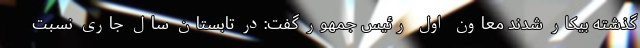
گذشته بیکار شدند معاون اول رئیس جمهور گفت:در تابستان سال جاری نسبت